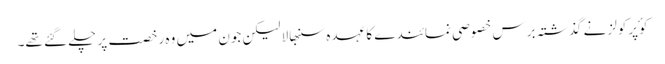
کوٴپرکولز نے گذشتہ برس خصوصی نمائندے کا عہدہ سنبھالا لیکن جون میں وہ رخصت پر چلے گئے تھے۔